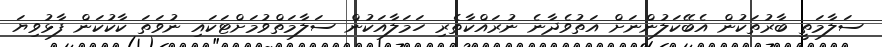
ސަލާމަތީ ބާރުތަކުން އެބޭކަލުންނަށް އަތުވެދާނެ ނުރައްކާތެރި ހަމަލާއަކުން ސަލާމަތްވުމަށްޓަކައި ނުވަތަ ކާކުކަން ފާޅުވިޔަ